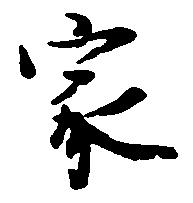
家